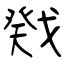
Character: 戣